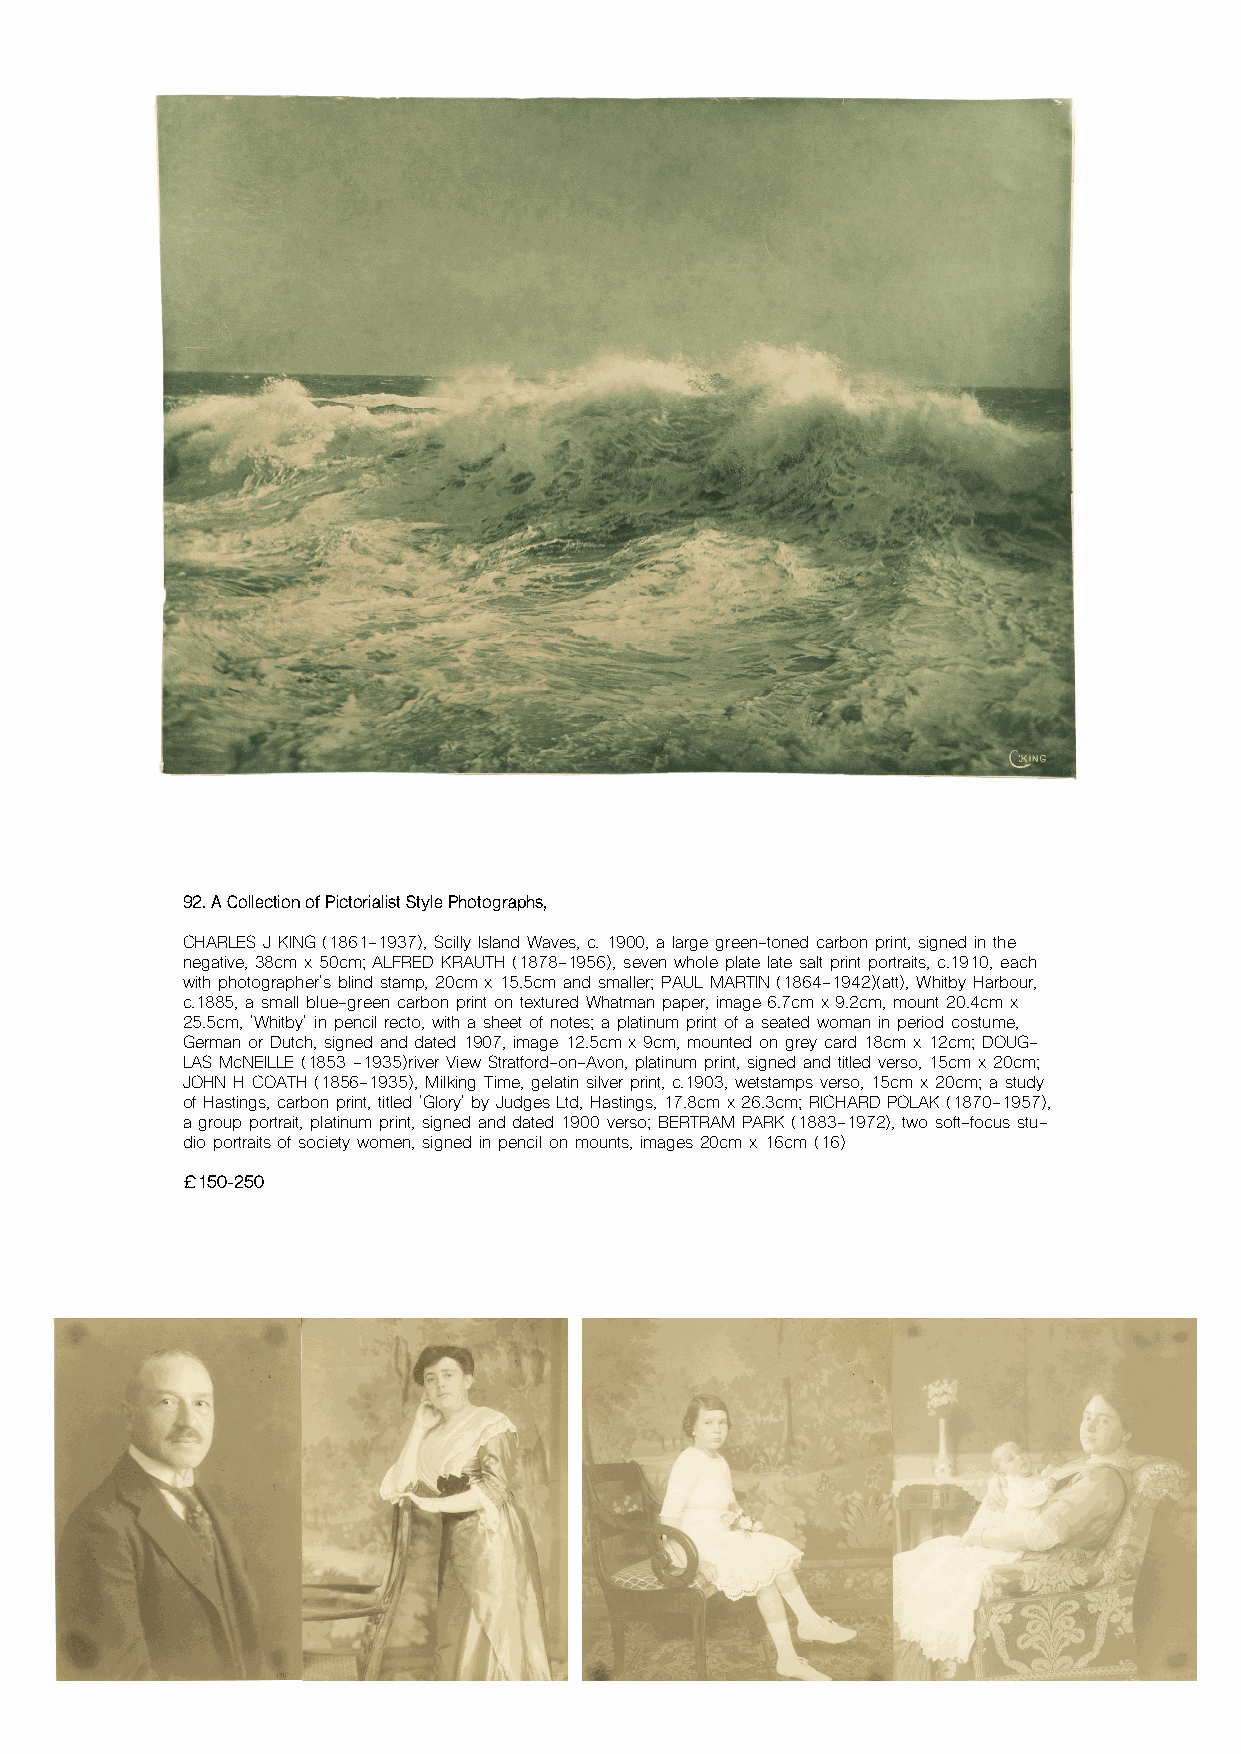
92. A Collection of Pictorialist Style Photographs,
 CHARLES J KING (1861-1937), Scilly Island Waves, c. 1900, a large green-toned carbon print, signed in the
 negative, 38cm x 50cm; ALFRED KRAUTH (1878-1956), seven whole plate late salt print portraits, c.1910, each
 with photographer's blind stamp, 20cm x 15.5cm and smaller; PAUL MARTIN (1864-1942)(att), Whitby Harbour,
 c.1885, a small blue-green carbon print on textured Whatman paper, image 6.7cm x 9.2cm, mount 20.4cm x
 25.5cm, 'Whitby' in pencil recto, with a sheet of notes; a platinum print of a seated woman in period costume,
 German or Dutch, signed and dated 1907, image 12.5cm x 9cm, mounted on grey card 18cm x 12cm; DOUG-
 LAS McNEILLE (1853 -1935)river View Stratford-on-Avon, platinum print, signed and titled verso, 15cm x 20cm;
 JOHN H COATH (1856-1935), Milking Time, gelatin silver print, c.1903, wetstamps verso, 15cm x 20cm; a study
 of Hastings, carbon print, titled 'Glory' by Judges Ltd, Hastings, 17.8cm x 26.3cm; RICHARD POLAK (1870-1957),
 a group portrait, platinum print, signed and dated 1900 verso; BERTRAM PARK (1883-1972), two soft-focus stu-
 dio portraits of society women, signed in pencil on mounts, images 20cm x 16cm (16)
 £150-250